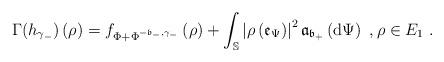
LaTeX: \begin{align*}\Gamma (h_{\gamma _{-}})\left( \rho \right) =f_{\Phi +\Phi ^{-\mathfrak{b}_{-},\gamma _{-}}}\left( \rho \right) +\int_{\mathbb{S}}\left\vert \rho\left( \mathfrak{e}_{\Psi }\right) \right\vert ^{2}\mathfrak{a}_{\mathfrak{b}_{+}}\left( \mathrm{d}\Psi \right) \ ,\rho \in E_{1}\ .\end{align*}